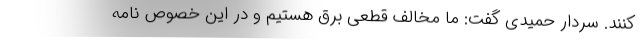
کنند. سردار حمیدی گفت: ما مخالف قطعی برق هستیم و در این خصوص نامه